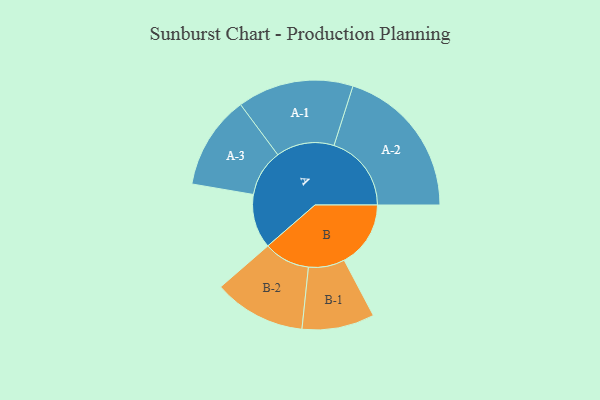
{"axis": {"x": "Segment", "y": "Value"}, "legend": ["", "A", "B"], "data": [{"x": "A", "y": 154, "type": ""}, {"x": "B", "y": 189, "type": ""}, {"x": "A-1", "y": 165, "type": "A"}, {"x": "A-2", "y": 220, "type": "A"}, {"x": "A-3", "y": 133, "type": "A"}, {"x": "B-1", "y": 103, "type": "B"}, {"x": "B-2", "y": 131, "type": "B"}]}